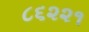
૮૬૨૨૧